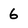
Character: 6